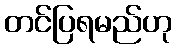
တင်ပြရမည်ဟု